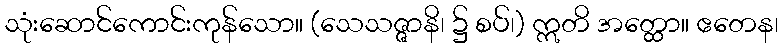
သုံးဆောင်ကောင်းကုန်သော။ (သေသဇ္ဇာနိ၊ ၌ စပ်၊) ဣတိ အတ္ထော။ ဧတေန၊